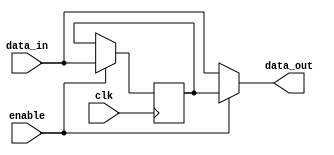
module Timing_Control_and_Synchronization_Blocks_Fallback_Bypass (
    input wire [7:0] data_in,
    input wire enable,
    input wire clk,
    output reg [7:0] data_out
);

reg [7:0] fallback_data;

always @(posedge clk) begin
    if (enable) begin
        fallback_data <= data_in;
    end
end

assign data_out = enable ? fallback_data : data_in;

endmodule